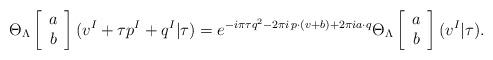
LaTeX: \begin{align*}\Theta_{\Lambda}\left[\begin{array}{c}a \\b\end{array}\right](v^{I}+\tau p^{I}+q^{I}|\tau)=e^{-i\pi\tau q^{2}-2\pi i\,p\cdot(v+b)+2\pi i a\cdot q}\Theta_{\Lambda}\left[\begin{array}{c}a \\b\end{array}\right](v^{I}|\tau).\end{align*}